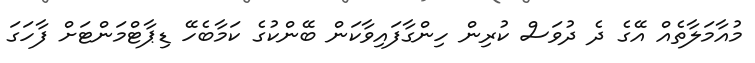
މުއާމަލާތެއް އޭގެ ދެ ދުވަސް ކުރިން ހިންގާފައިވާކަން ބޭންކުގެ ކަމާބެހޭ ޑިޕާޓްމަންޓަށް ފާހަގަ